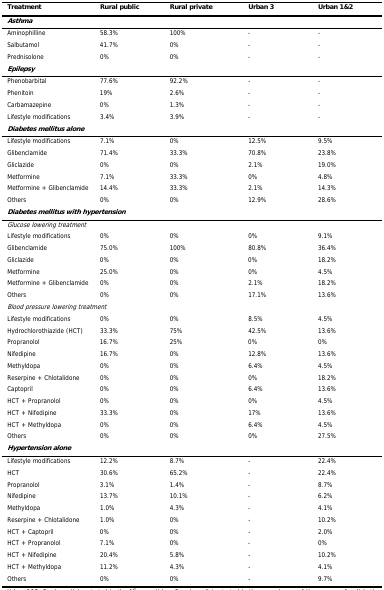
<table><thead><tr><td><b>Treatment</b></td><td><b>Rural public</b></td><td><b>Rural private</b></td><td><b>Urban 3</b></td><td><b>Urban 1&amp;2</b></td></tr></thead><tbody><tr><td colspan="5"><b><i>Asthma</i></b></td></tr><tr><td>Aminophilline</td><td>58.3%</td><td>100%</td><td>-</td><td>-</td></tr><tr><td>Salbutamol</td><td>41.7%</td><td>0%</td><td>-</td><td>-</td></tr><tr><td>Prednisolone</td><td>0%</td><td>0%</td><td>-</td><td>-</td></tr><tr><td colspan="5"><b><i>Epilepsy</i></b></td></tr><tr><td>Phenobarbital</td><td>77.6%</td><td>92.2%</td><td>-</td><td>-</td></tr><tr><td>Phenitoin</td><td>19%</td><td>2.6%</td><td>-</td><td>-</td></tr><tr><td>Carbamazepine</td><td>0%</td><td>1.3%</td><td>-</td><td>-</td></tr><tr><td>Lifestyle modifications</td><td>3.4%</td><td>3.9%</td><td>-</td><td>-</td></tr><tr><td colspan="5"><b><i>Diabetes mellitus alone</i></b></td></tr><tr><td>Lifestyle modifications</td><td>7.1%</td><td>0%</td><td>12.5%</td><td>9.5%</td></tr><tr><td>Glibenclamide</td><td>71.4%</td><td>33.3%</td><td>70.8%</td><td>23.8%</td></tr><tr><td>Gliclazide</td><td>0%</td><td>0%</td><td>2.1%</td><td>19.0%</td></tr><tr><td>Metformine</td><td>7.1%</td><td>33.3%</td><td>0%</td><td>4.8%</td></tr><tr><td>Metformine + Glibenclamide</td><td>14.4%</td><td>33.3%</td><td>2.1%</td><td>14.3%</td></tr><tr><td>Others</td><td>0%</td><td>0%</td><td>12.9%</td><td>28.6%</td></tr><tr><td colspan="5"><b><i>Diabetes mellitus with hypertension</i></b></td></tr><tr><td colspan="5"><i>Glucose lowering treatment</i></td></tr><tr><td>Lifestyle modifications</td><td>0%</td><td>0%</td><td>0%</td><td>9.1%</td></tr><tr><td>Glibenclamide</td><td>75.0%</td><td>100%</td><td>80.8%</td><td>36.4%</td></tr><tr><td>Gliclazide</td><td>0%</td><td>0%</td><td>0%</td><td>18.2%</td></tr><tr><td>Metformine</td><td>25.0%</td><td>0%</td><td>0%</td><td>4.5%</td></tr><tr><td>Metformine + Glibenclamide</td><td>0%</td><td>0%</td><td>2.1%</td><td>18.2%</td></tr><tr><td>Others</td><td>0%</td><td>0%</td><td>17.1%</td><td>13.6%</td></tr><tr><td colspan="5"><i>Blood pressure lowering treatment</i></td></tr><tr><td>Lifestyle modifications</td><td>0%</td><td>0%</td><td>8.5%</td><td>4.5%</td></tr><tr><td>Hydrochlorothiazide (HCT)</td><td>33.3%</td><td>75%</td><td>42.5%</td><td>13.6%</td></tr><tr><td>Propranolol</td><td>16.7%</td><td>25%</td><td>0%</td><td>0%</td></tr><tr><td>Nifedipine</td><td>16.7%</td><td>0%</td><td>12.8%</td><td>13.6%</td></tr><tr><td>Methyldopa</td><td>0%</td><td>0%</td><td>6.4%</td><td>4.5%</td></tr><tr><td>Reserpine + Chlotalidone</td><td>0%</td><td>0%</td><td>0%</td><td>18.2%</td></tr><tr><td>Captopril</td><td>0%</td><td>0%</td><td>6.4%</td><td>13.6%</td></tr><tr><td>HCT + Propranolol</td><td>0%</td><td>0%</td><td>0%</td><td>4.5%</td></tr><tr><td>HCT + Nifedipine</td><td>33.3%</td><td>0%</td><td>17%</td><td>13.6%</td></tr><tr><td>HCT + Methyldopa</td><td>0%</td><td>0%</td><td>6.4%</td><td>4.5%</td></tr><tr><td>Others</td><td>0%</td><td>0%</td><td>0%</td><td>27.5%</td></tr><tr><td colspan="5"><b><i>Hypertension alone</i></b></td></tr><tr><td>Lifestyle modifications</td><td>12.2%</td><td>8.7%</td><td>-</td><td>22.4%</td></tr><tr><td>HCT</td><td>30.6%</td><td>65.2%</td><td>-</td><td>22.4%</td></tr><tr><td>Propranolol</td><td>3.1%</td><td>1.4%</td><td>-</td><td>8.7%</td></tr><tr><td>Nifedipine</td><td>13.7%</td><td>10.1%</td><td>-</td><td>6.2%</td></tr><tr><td>Methyldopa</td><td>1.0%</td><td>4.3%</td><td>-</td><td>4.1%</td></tr><tr><td>Reserpine + Chlotalidone</td><td>1.0%</td><td>0%</td><td>-</td><td>10.2%</td></tr><tr><td>HCT + Captopril</td><td>0%</td><td>0%</td><td>-</td><td>2.0%</td></tr><tr><td>HCT + Propranolol</td><td>7.1%</td><td>0%</td><td>-</td><td>0%</td></tr><tr><td>HCT + Nifedipine</td><td>20.4%</td><td>5.8%</td><td>-</td><td>10.2%</td></tr><tr><td>HCT + Methyldopa</td><td>11.2%</td><td>4.3%</td><td>-</td><td>4.1%</td></tr><tr><td>Others</td><td>0%</td><td>0%</td><td>-</td><td>9.7%</td></tr></tbody></table>